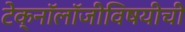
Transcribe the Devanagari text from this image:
टेक्नॉलॉजीविषयीची